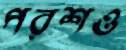
পরশও